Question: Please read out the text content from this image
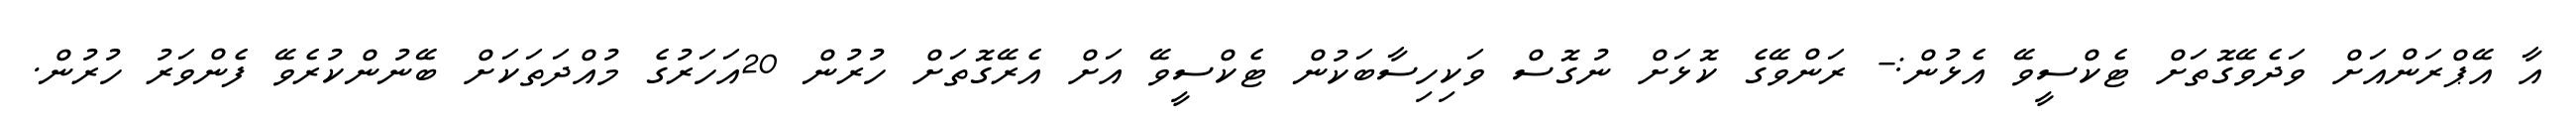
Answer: އާ އޭޕްރަންއަށް ވަދެވޭގޮތަށް ޓެކްސީވޭ އެޅުން:- ރަންވޭގެ ކޮޅަށް ނުގޮސް ވަކިހިސާބަކުން ޓެކްސީވޭ އަށް އެރޭގޮތަށް ހުރުން 20އަހަރުގެ މުއްދަތަކަށް ބޭނުންކުރެވޭ ފެންވަރު ހުރުން.